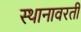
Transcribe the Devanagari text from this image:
स्थानावरती